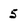
Character: 5